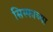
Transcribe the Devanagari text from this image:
सिस्फाच्या